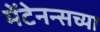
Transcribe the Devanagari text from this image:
मेंटेनन्सच्या